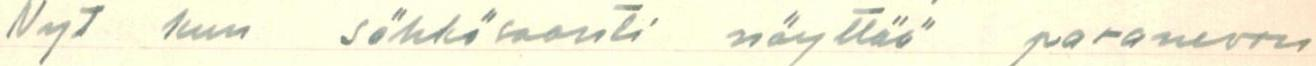
Nyt kun sähkösaanti näyttää paranevan